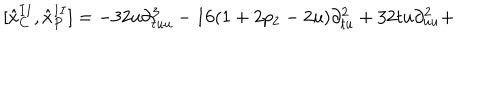
\lbrack { \hat { x } } _ { C } ^ { I I } , { \hat { x } } _ { P } ^ { I I } ] = - 3 2 u \partial _ { t u u } ^ { 3 } - 1 6 ( 1 + 2 p _ { 2 } - 2 u ) \partial _ { t u } ^ { 2 } + 3 2 t u \partial _ { u u } ^ { 2 } +